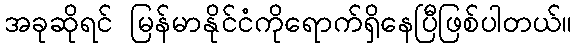
အခုဆိုရင် မြန်မာနိုင်ငံကိုရောက်ရှိနေပြီဖြစ်ပါတယ်။